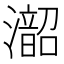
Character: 𪷰